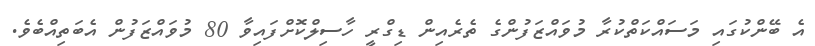
އެ ބޭންކުގައި މަސައްކަތްކުރާ މުވައްޒަފުންގެ ތެރެއިން ޑިގްރީ ހާސިލްކޮށްފައިވާ 80 މުވައްޒަފުން އެބަތިއްބެވެ.